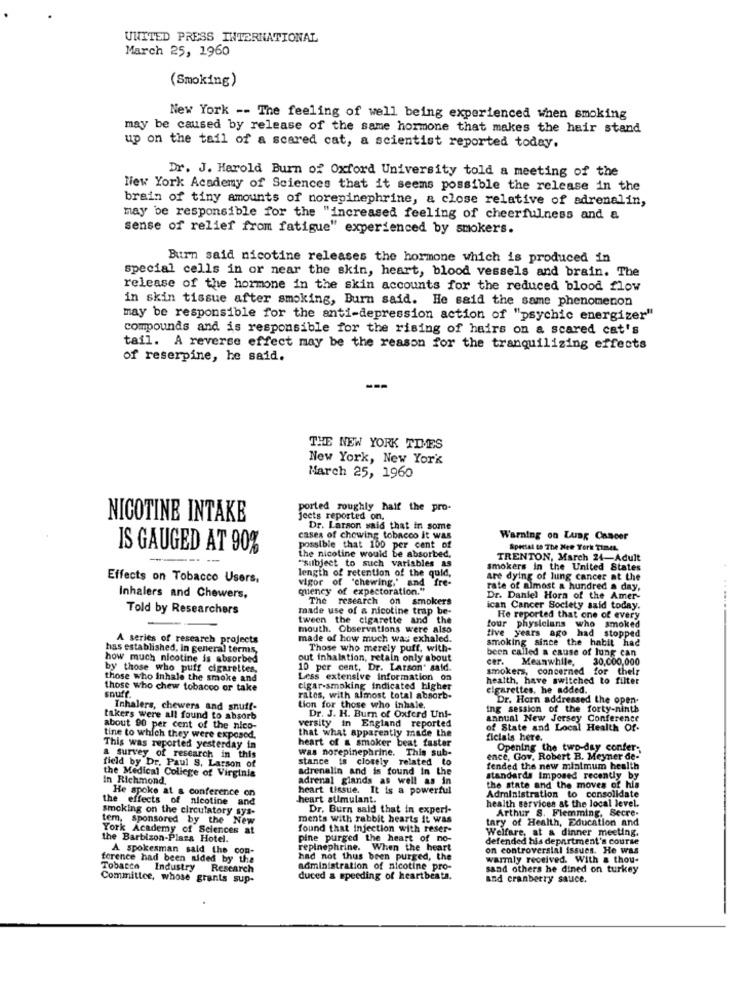
UNITED PRESS INTERNATIONAL
March 25, 1960
(Smoking)
New York -- The feeling of well being experienced when smoking
may be caused by release of the same hormone that makes the hair stand
up on the tail of a scared cat, a scientist reported today.
Dr. J. Harold Burn of Oxford University told a meeting of the
New York Academy of Sciences that it seems possible the release in the
brain of tiny amounts of norepinephrine, a close relative of adrenalin,
may be responsible for the "increased feeling of cheerfulness and a
sense of relief from fatigue" experienced by smokers.
Burn said nicotine releases the hormone which is produced in
special cells in or near the skin, heart, blood vessels and brain. The
release of the hormone in the skin accounts for the reduced blood flow
in skin tissue after smoking, Burn said. He said the same phenomenon
may be responsible for the anti-depression action of "psychic energizer"
compounds and is responsible for the rising of hairs on a scared cat's
tail. A reverse effect may be the reason for the tranquilizing effects
of reserpine, he said.
THE NEW YORK TIMES
New York, New York
March 25, 1960
ported roughly half the pro-
NICOTINE INTAKE
jects reported on.
Dr. Larson said that in some
cases of chowing tobacco it was
Warning on Lung Cancer
IS GAUGED AT 90%
possible that 100 per cent of
the nicotine would be absorbed.
Special to The New York Times.
"subject to such variables as
TRENTON, March 24-Adult
smokers in the United States
Effects on Tobacco Users,
length of retention of the quid,
vigor of "chewing,' and fre-
are dying of lung cancer at the
quency of expectoration."
rate of almost a hundred a day,
Inhalers and Chewers,
The research
on smokers
Dr. Daniel Horn of the Amer-
Told by Researchers
made use of a nicotine trap be-
ican Cancer Society said today.
tween the cigarette and the
four physicians who smoked
He reported that one of every
mouth. Observations were also
five years ago had stopped
A series of research projects
made of how much was exhaled.
smoking since the habit had
has established, in general terms,
Those who merely puff, with-
been called a cause of lung can
how much nicotine is absorbed
out inhalation, retain only about
cer.
Meanwhile,
30,000,000
by those who puff cigarettes,
10 per cent, Dr. Larson" said.
smokers, concerned for thelr
those who inhale the smoke and
Less extensive information on
health, have switched to filter
those who chew tobacco or take
snuff
cigar-smoking indicated higher
cigarettes, he added.
rates, with almost total absorb.
Dr. Horn addressed the open-
Inhalers, chewers and snuff-
tion for those who inhale.
ing session of the forty-ninth
takers were all found to absorb
versity in England reported
Dr. J. H. Burn of Oxford Uni-
annual New Jersey Conference
about 90 per cent of the nico-
that what apparently made the
of State and Local Health Of.
tine to which they were exposed.
heart of a smoker beat faster
ficiais here.
This was reported yesterday in
was norepinephrine. This sub-
Opening the two-day confer-
a survey of research in this
stance is closely related to
ence, Gov. Robert B. Meyner de-
field by Dr. Paul S. Larson of
the Medical College of Virginia
adrenalin and is found in the
fended the new minimum health
In Richmond,
adrenal glands as well as in
standards imposed recently by
He spoke at a conference on
heart tissue. It is a powerful
the state and the moves of his
the effects of nicotine and
heart stimulant.
Administration to consolidate
health services at the local level.
smoking on the circulatory sys-
Dr. Burn said that in experi-
Arthur S. Flemming. Secre-
tem, sponsored by the New
ments with rabbit hearts it was
ary of Health, Education and
York Academy of Sciences at
found that injection with reser-
Welfare, at & dinner meeting.
the Barbizon-Plaza Hotel.
pine purged the heart of no-
defended his department's course
A spokesman said the con-
repinephrine. When the heart
on controversial issues. He was
ference had been aided by the
had not thus been purged, the
warmly received. With a thou-
Tobacco Industry
Research
administration of nicotine pro-
sand others he dined on turkey
Committee, whose grants sup-
duced a speeding of heartbeats.
and cranberry sauce.